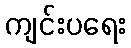
ကျင်းပရေး